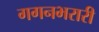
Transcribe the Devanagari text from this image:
गगनभरारी